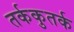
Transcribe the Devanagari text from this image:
तर्ककुतर्क